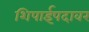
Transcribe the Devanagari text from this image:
शिपाईपदावर